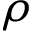
\rho